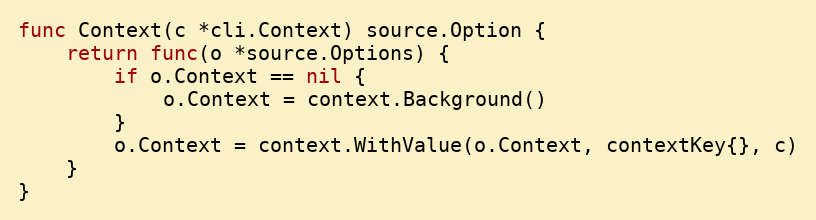
Language: Go
func Context(c *cli.Context) source.Option {
	return func(o *source.Options) {
		if o.Context == nil {
			o.Context = context.Background()
		}
		o.Context = context.WithValue(o.Context, contextKey{}, c)
	}
}